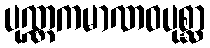
ပုဏ္ဏကမာဏဝပုစ္ဆာ